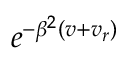
e ^ { - \beta ^ { 2 } ( v + v _ { r } ) }